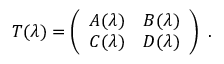
{ \cal T } ( \lambda ) = \left( \begin{array} { c c } { { A ( \lambda ) } } & { { B ( \lambda ) } } \\ { { C ( \lambda ) } } & { { D ( \lambda ) } } \end{array} \right) \ .